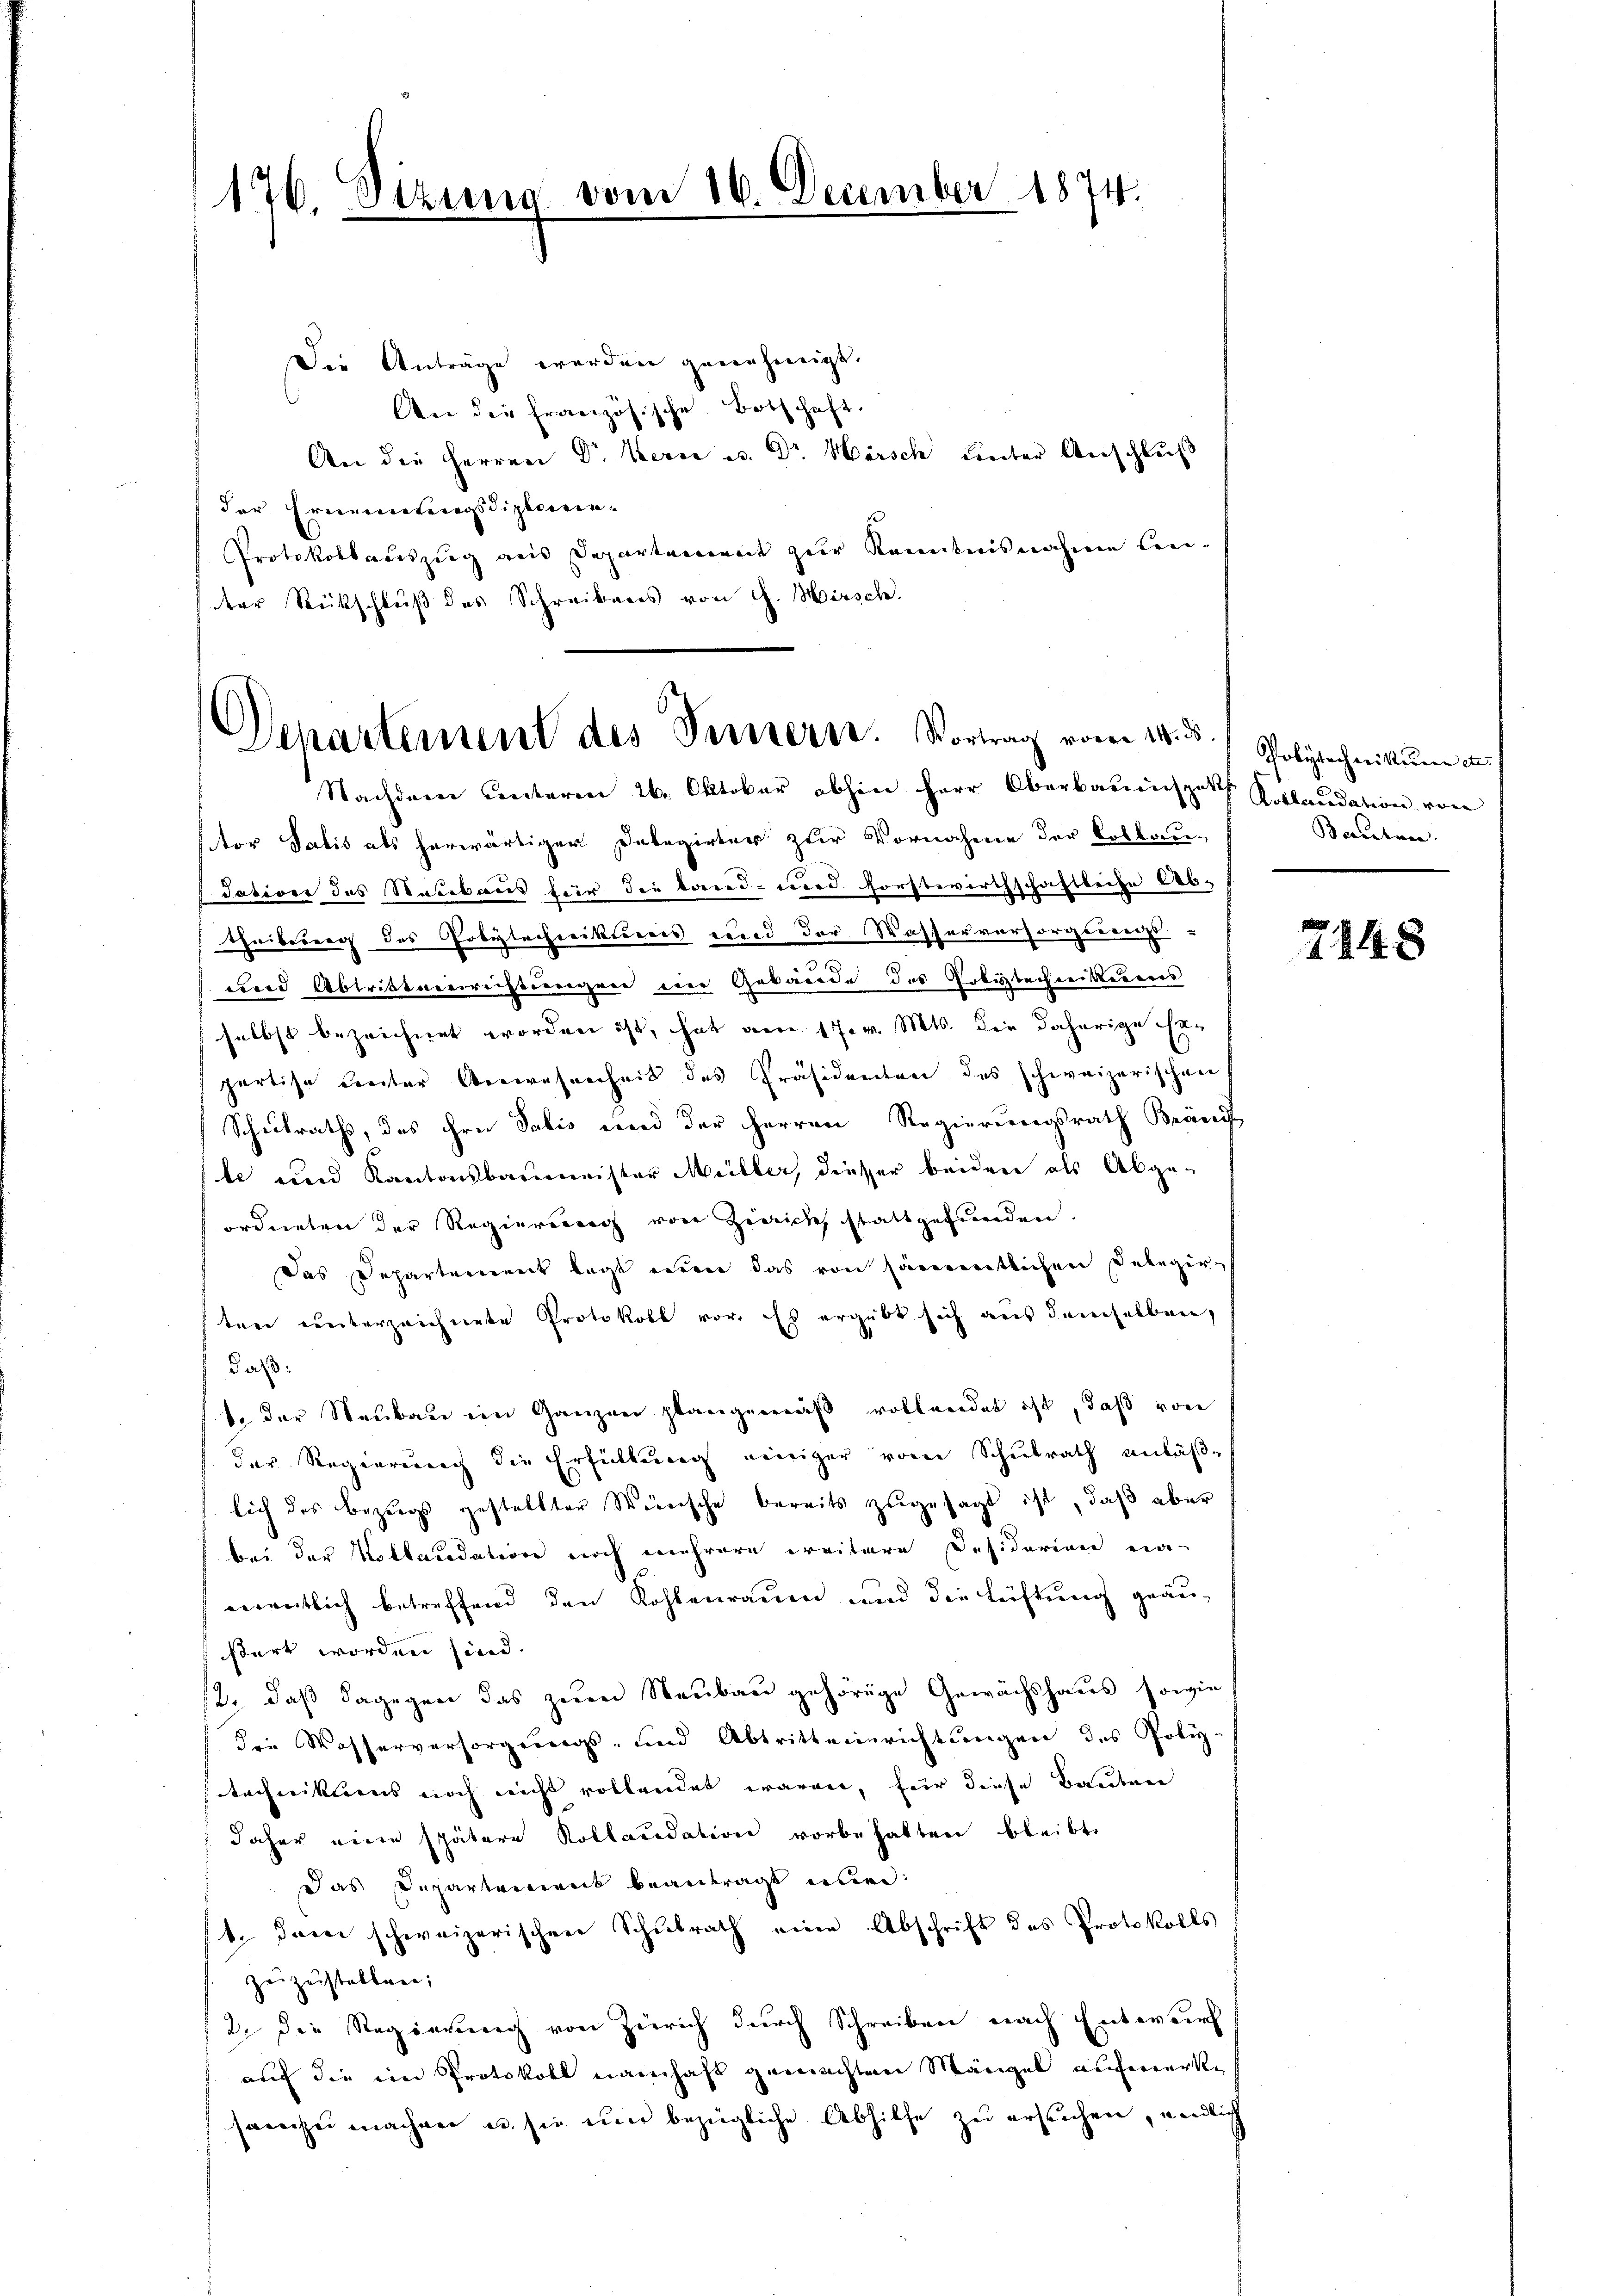
176. Sizun

Die Anträge werden genehmigt.
An die französische Botschaft.
An die Herren Dr. Kern u. Dr. Hörsch unter Anschlŭβ
der Ernenntengsdiploerin
Protokollauszug aus Departement zur Kenntnisnahme lei-
ter Rückschluß des Schreibens von G. Hirsch.

vom 16. December 1874.

Departement des Fernern. Vortrag vom 14. d. Polytechnikŭm u.
Nachdem unteren 26. Oktober abhin Herr Oberbauinspekt Kollaudation von

Bevertra

tor Salis als herwärtiger Dabegirter zur Vornahme der Collau-
Tatione des Staubaus für die Land- und Forstwirthschaftliche Ab-
theilung des Polytechnikums und der Wasserversorgerrecht-
und Abtrittererrichtungen ein Gebäude des Grbytechnikerreis
selbst bezeichnet worden ist, hat am 17. v. Mts. die daherige Erpartise Leuter Anwesenheit des Präsidenten des schweizerischen
Schulraths, das ihre Salis und der Herren Regierungsrath Bränd
le und Kantonsbaumeister Meiller, diesser beiden als Abgeordneten der Regierung von Zürich, stattgefunden.
Das Departement legt einer das von säumentlichen Delegirten unterzeichnete Protokoll vor. Es ergibt sich aus demselben,
daß:
1 der Neubau im Ganzen plangemäß vollendet ist, daß von
der Regierung die Erfüllung einiger vom Schulrath anläße
lich des Bezugs gestellter Weinsche bereits zugesagt ist, daß aber
bei der Kollaudation noch mehrere weitere Desiderien na
mentlich betreffend den Kohlenrauen und die Lüftung geäustert worden sind.
12. daß dagegen das zum Neubau gehörige Gewächshaus sowie
die Wasserversorgungs- und Abtritteinrichtungen des Poly-
technikums noch nicht vollendet waren, für diese Bauten
daher eine spätere Kollaudation vorbehalten bleibt,
Das Departement beantragt einer
1. Dann schweizerischen Schulrath eine Abschrift des Protokolls
zŭzŭstellen;
2. die Regierung von Zürich durch Schreiben nach Entwurf
auf die ein Protokoll namhaft gemachten Mängel aufmerke
sam zu machen u. sie um bezügliche Abhilfe zu ersuchen, endlich

7248